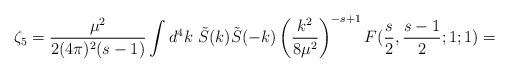
LaTeX: \begin{align*}\zeta_5=\frac{\mu^{2}}{2(4\pi)^{2}(s-1)} \int d^{4}k\ \tilde S(k)\tilde S(-k)\left(\frac{k^2}{8\mu^2}\right)^{-s+1}F(\frac{s}{2},\frac{s-1}{2};1;1)=\end{align*}